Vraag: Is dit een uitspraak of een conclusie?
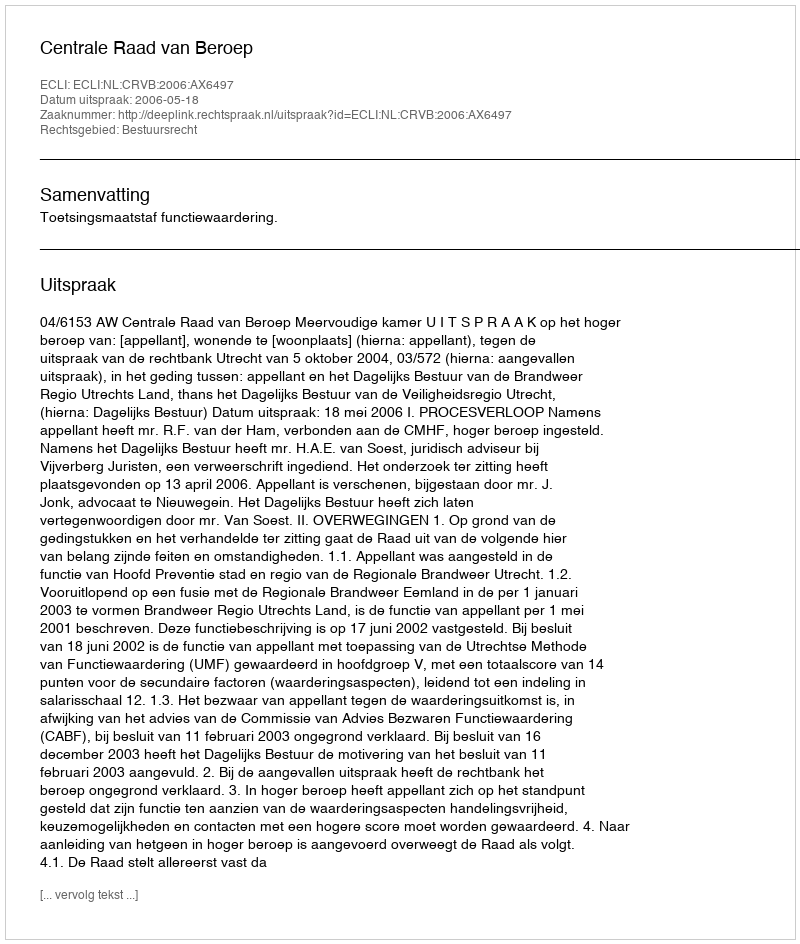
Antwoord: Uitspraak